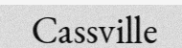
Cassville